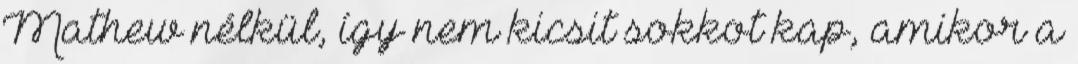
Mathew nélkül, így nem kicsit sokkot kap, amikor a